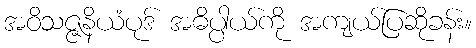
အဝိသဇ္ဇနိယံပုဒ် အဓိပ္ပါယ်ကို အကျယ်ပြဆိုခန်း။